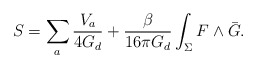
\begin{align*}S = \sum_{a} \frac{V_{a}}{4 G_{d}} + \frac{\beta}{16 \pi G_{d}}\int_{\Sigma} F \wedge \bar{G}.\end{align*}